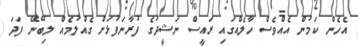
އެހެން ކަމުން އެއްވެސް ހާލެއްގައި ރައީސް ނަޝީދުގެ ފުރާނަފުޅަށް ގެއްލުމެއް ލިބޭނޭ ފަދަ